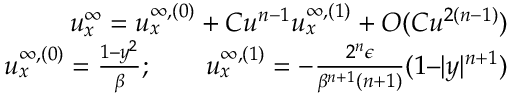
\begin{array} { r } { u _ { x } ^ { \infty } = u _ { x } ^ { \infty , ( 0 ) } + C u ^ { n - 1 } u _ { x } ^ { \infty , ( 1 ) } + O ( C u ^ { 2 ( n - 1 ) } ) } \\ { u _ { x } ^ { \infty , ( 0 ) } = \frac { 1 – y ^ { 2 } } { \beta } ; \qquad u _ { x } ^ { \infty , ( 1 ) } = - \frac { 2 ^ { n } \epsilon } { \beta ^ { n + 1 } ( n + 1 ) } ( 1 – | y | ^ { n + 1 } ) } \end{array}